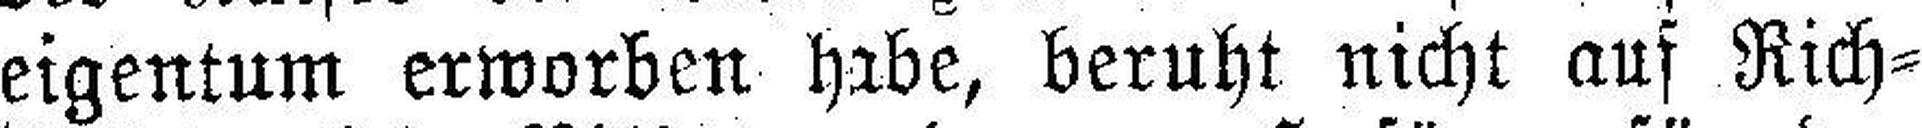
eigentum erworben habe, beruht nicht auf Rich¬